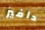
دافيز